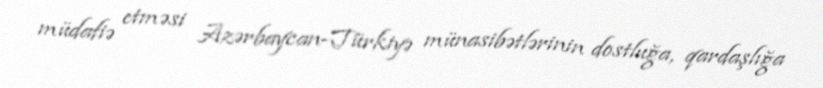
müdafiə etməsi Azərbaycan-Türkiyə münasibətlərinin dostluğa, qardaşlığa